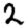
Digit: 2